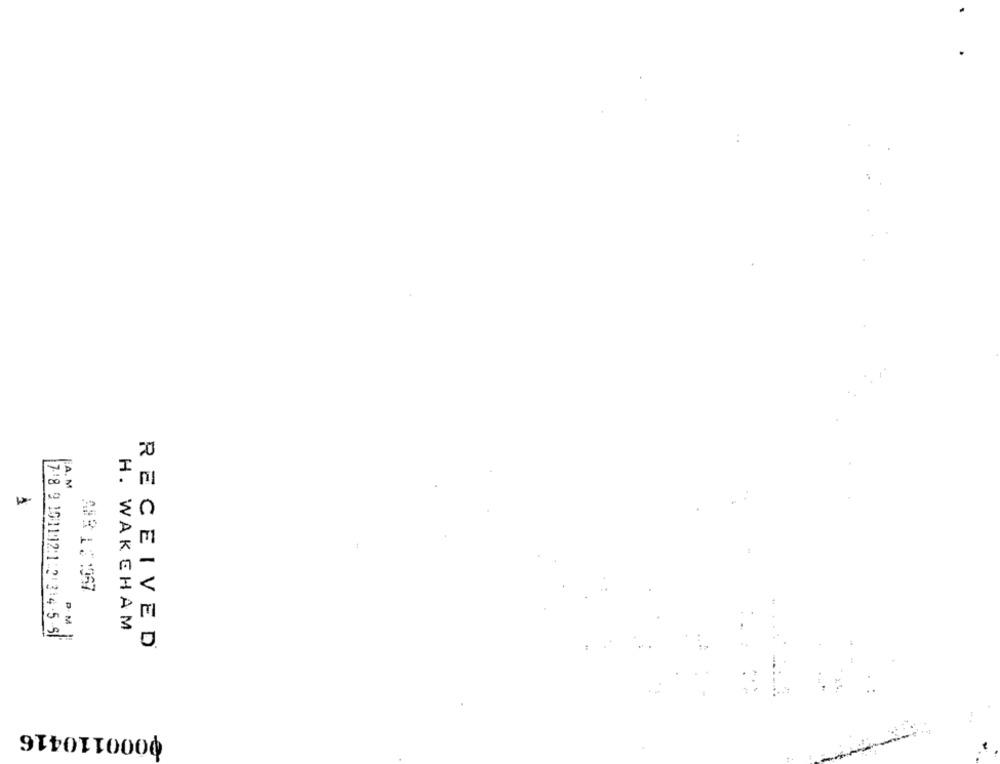
ABR 12:067
H. WAKEHAM
PM 1
7.18 9 101112:1:2:314:5-5/
RECEIVED
0000110416